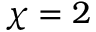
\chi = 2